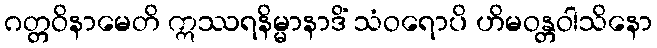
ဂတ္တဝိနာမေတိ ဣဿရနိမ္မာနာဒိံ သံဝရောပိ ဟိမဝန္တဝါသိနော